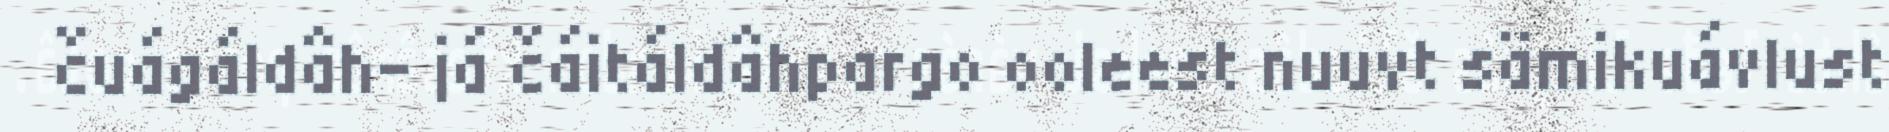
čuágáldâh- já čáitáldâhpargo ooleest nuuvt sämikuávlust